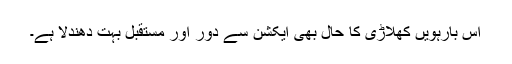
اِس بارہویں کھلاڑی کا حال بھی ایکشن سے دور اور مستقبل بہت دھندلا ہے۔